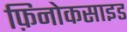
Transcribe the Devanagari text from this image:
फ़िनोकसाइड